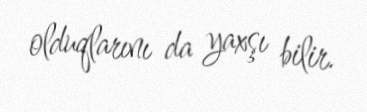
olduqlarını da yaxşı bilir.